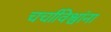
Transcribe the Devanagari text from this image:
चर्चाविश्वांना